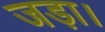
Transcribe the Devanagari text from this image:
जड़ा।